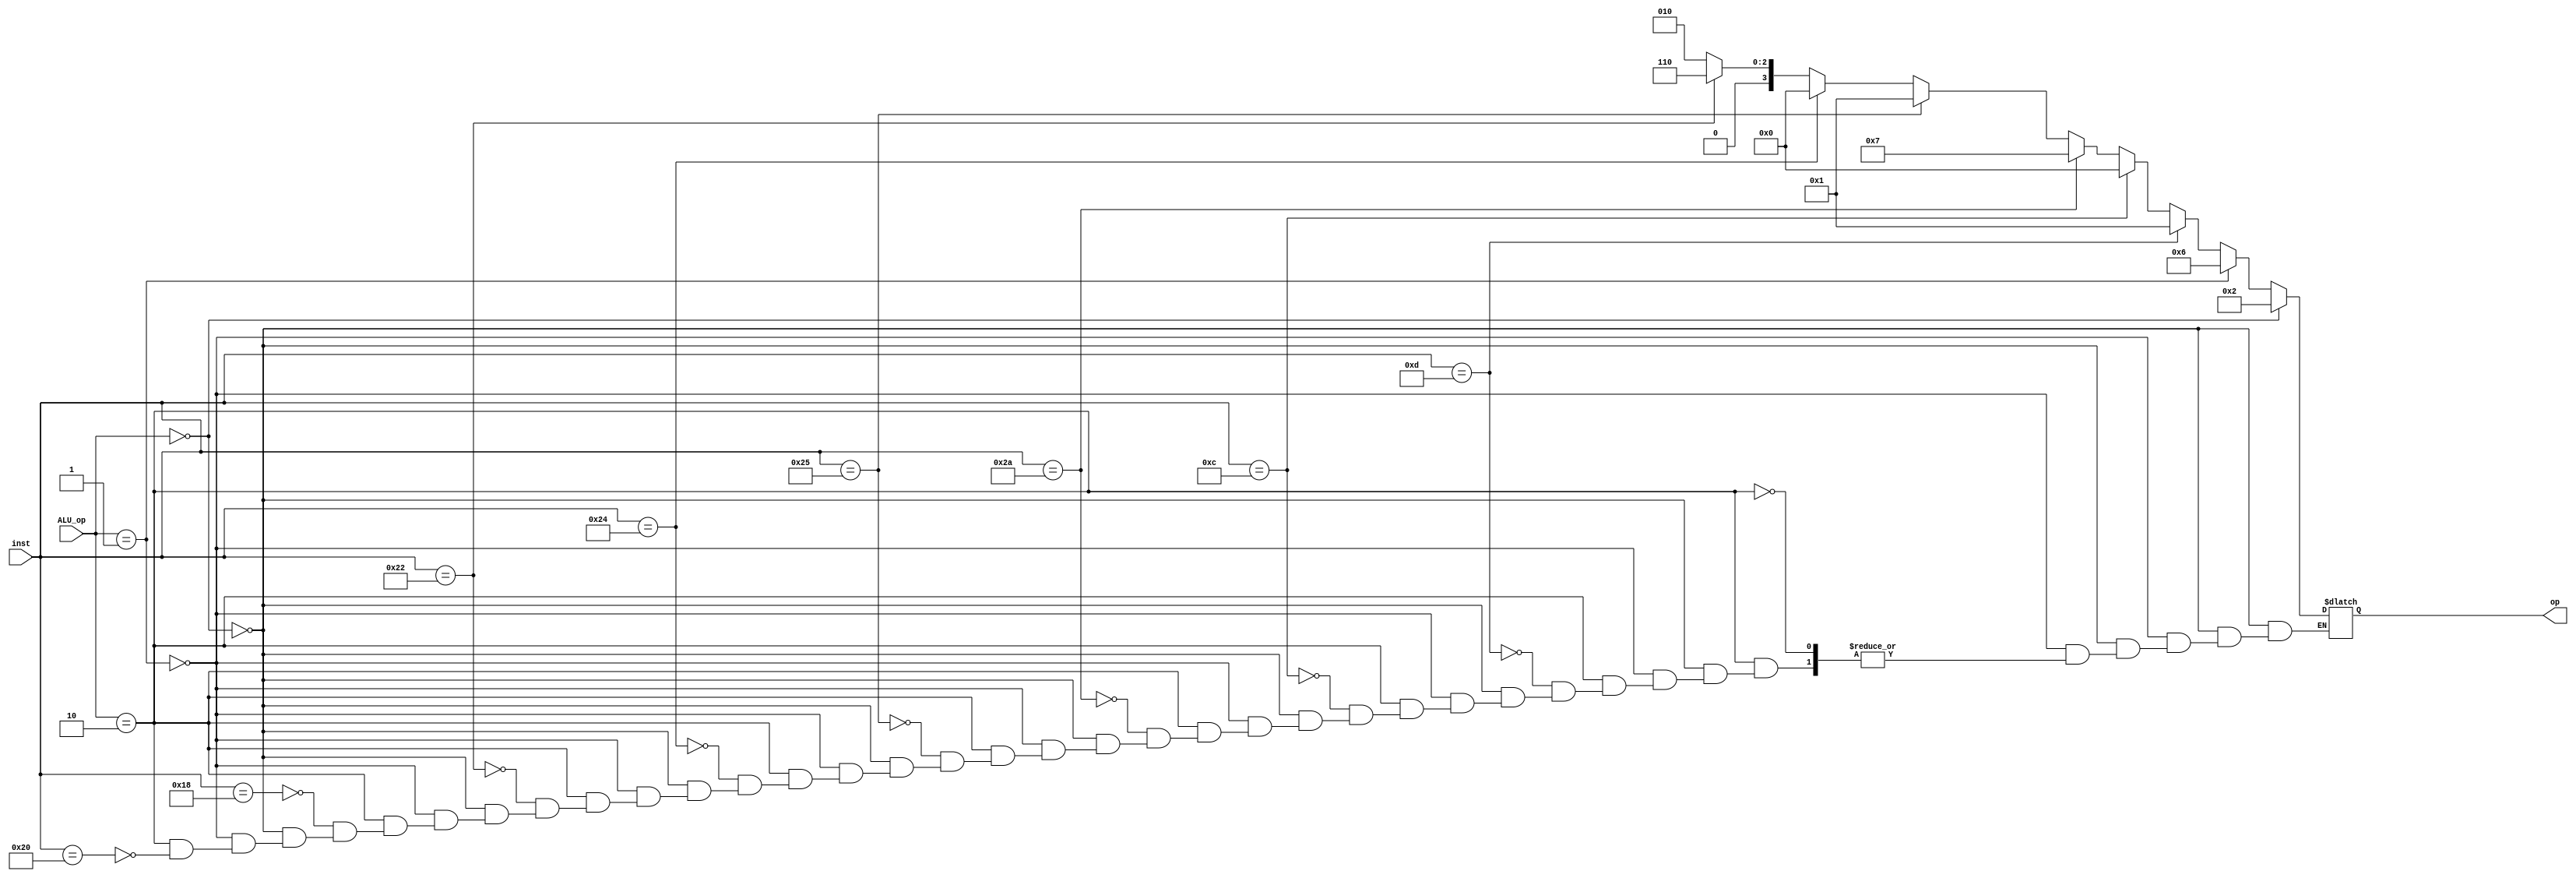
`timescale 1ns / 1ps
//////////////////////////////////////////////////////////////////////////////////
// Company: 
// Engineer: 
// 
// Design Name: 
// Module Name:    ALU_control 
// Project Name: 
// Target Devices: 
// Tool versions: 
// Description: 
//
// Dependencies: 
//
// Revision: 
// Revision 0.01 - File Created
// Additional Comments: 
//
//////////////////////////////////////////////////////////////////////////////////
module ALU_control(
input [1:0]ALU_op,
input [5:0]inst,
output reg [3:0]op
 );
 
always @(*)
begin
	if(ALU_op == 2'b00)
	begin
	op = 4'b0010 ;
	end
	else if(ALU_op == 2'b01)
	begin
	op = 4'b0110 ;
	end
	else if(ALU_op == 2'b10)
	begin
		if(inst == 6'b100000)
		begin
		op = 4'b0010 ;
		end
		if(inst == 6'b011000)
		begin
		op = 4'b0010 ;
		end
		if(inst == 6'b100010)
		begin
		op = 4'b0110 ;
		end
		if(inst == 6'b100100)
		begin 
		op = 4'b0000 ;
		end
		if(inst == 6'b100101)
		begin
		op = 4'b0001 ;
		end
		if(inst == 6'b101010)
		begin
		op = 4'b0111 ;
		end
		if(inst == 6'b001100)//andi
		begin
		op = 4'b0000 ;
		end
		if(inst == 6'b001101)//ori
		begin
		op = 4'b0001 ;
		end
	end
end


endmodule